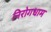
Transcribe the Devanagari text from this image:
निरोगधाम